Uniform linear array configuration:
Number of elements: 4
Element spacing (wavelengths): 0.75
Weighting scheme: uniform
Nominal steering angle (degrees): -30
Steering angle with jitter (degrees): -28.414
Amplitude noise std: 0.05
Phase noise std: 0.05

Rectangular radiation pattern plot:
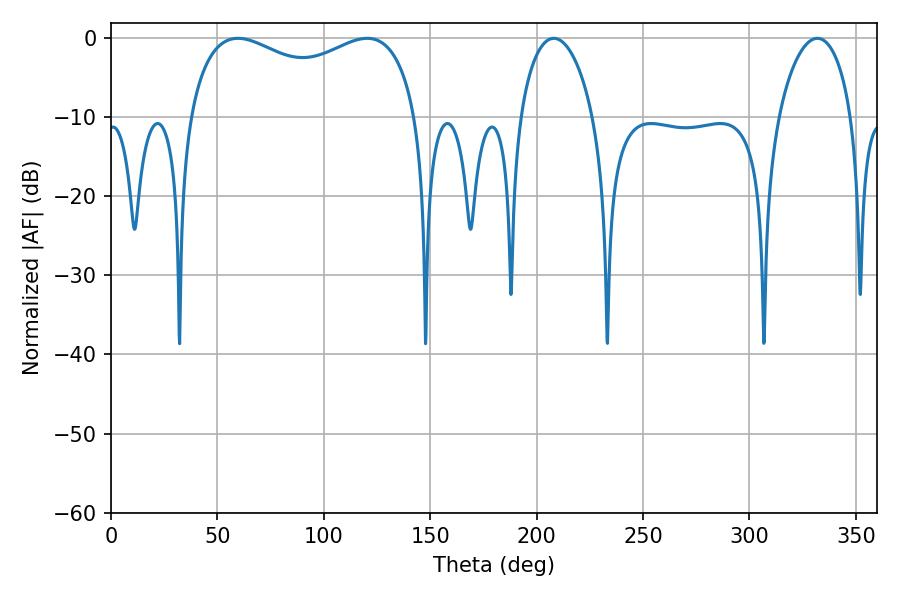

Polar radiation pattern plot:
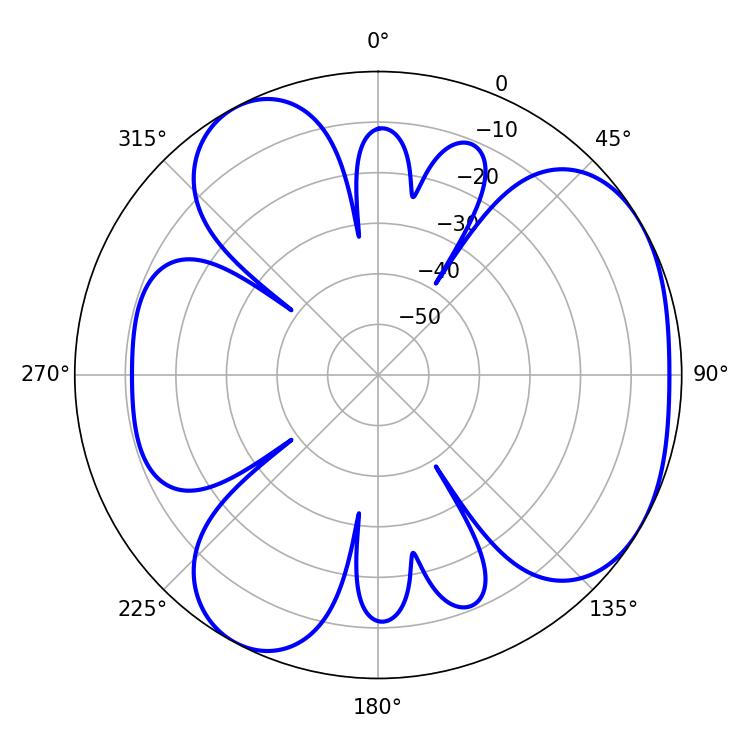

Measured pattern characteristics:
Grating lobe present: TRUE
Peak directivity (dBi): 4.292
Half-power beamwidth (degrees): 19.62
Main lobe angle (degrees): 208.08